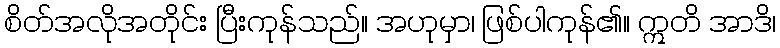
စိတ်အလိုအတိုင်း ပြီးကုန်သည်။ အဟုမှာ၊ ဖြစ်ပါကုန်၏။ ဣတိ အာဒိ၊